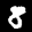
Label: 8